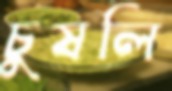
চুষলি